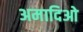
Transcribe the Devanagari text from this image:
अमादिओ